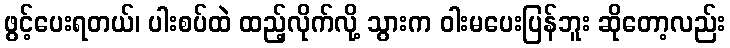
ဖွင့်ပေးရတယ်၊ ပါးစပ်ထဲ ထည့်လိုက်လို့ သွားက ဝါးမပေးပြန်ဘူး ဆိုတော့လည်း